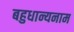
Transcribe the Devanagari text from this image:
बहुधान्यनाम